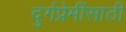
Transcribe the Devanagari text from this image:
दुर्गप्रेमींसाठी